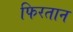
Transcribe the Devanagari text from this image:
फिरतान